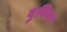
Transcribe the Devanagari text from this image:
बुनिया